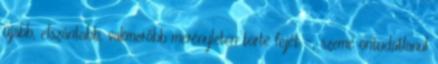
újabb, elszántabb, vakmerőbb merényleten törte fejét -, szeme öntudatlanul